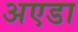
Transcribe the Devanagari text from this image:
अएडा